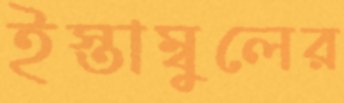
ইস্তাম্বুলের